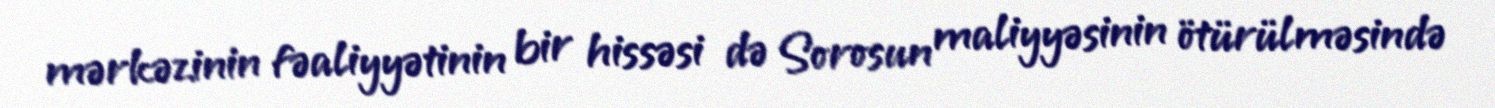
mərkəzinin fəaliyyətinin bir hissəsi də Sorosun maliyyəsinin ötürülməsində